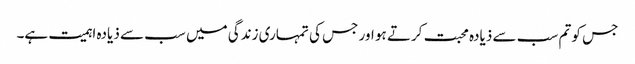
جس کو تم سب سے ذیادہ محبت کرتے ہو اور جس کی تمہاری زندگی میں سب سے ذیادہ اہمیت ہے۔